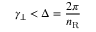
\gamma _ { \perp } < \Delta = \frac { 2 \pi } { n _ { \mathrm { R } } }